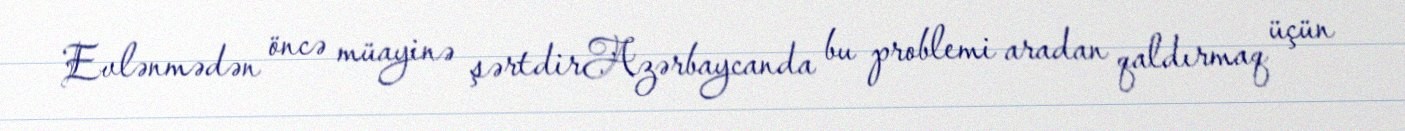
Evlənmədən öncə müayinə şərtdirAzərbaycanda bu problemi aradan qaldırmaq üçün